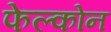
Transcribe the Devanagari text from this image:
फेल्कोन